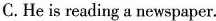
C. He is reading a newspaper.